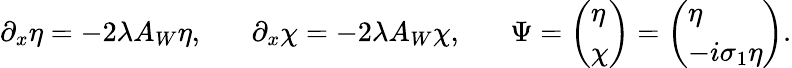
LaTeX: \partial_{x}\eta=-2\lambda A_{W}\eta,\, \, \, \, \, \, \, \, \, \, \partial_{x}\chi=-2\lambda A_{W}\chi,\, \, \, \, \, \, \, \, \, \, \Psi=\left(\begin{array}{l}{{\eta}}\\ {{\chi}}\end{array}\right)=\left(\begin{array}{l}{{\eta}}\\ {{-i\sigma_{1}\eta}}\end{array}\right).